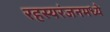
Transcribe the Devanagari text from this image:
रहस्यरंजनमध्ये